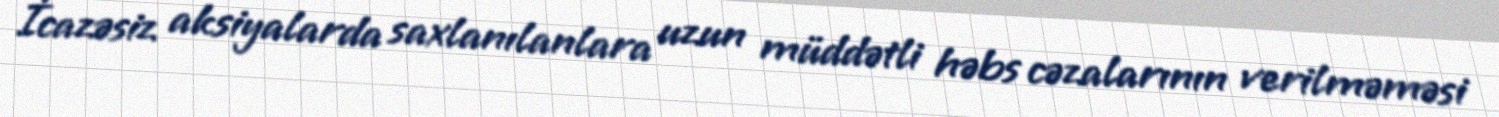
İcazəsiz aksiyalarda saxlanılanlara uzun müddətli həbs cəzalarının verilməməsi